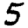
Digit: 5